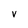
Character: v